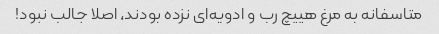
متاسفانه به مرغ هییچ رب و ادویه‌ای نزده بودند، اصلا جالب نبود!